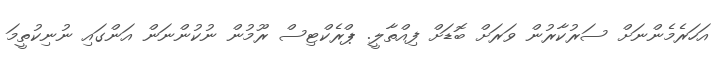
އަހަރެމެންނަށް ސަރުކާރުން ވަރަށް ބޮޑަށް ފިއްތާލީ. ޕްރެކްޓިސް ރޫމުން ނުކުންނަން އަންގައި ނުނިކުތީމަ